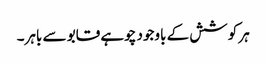
ہر کوشش کے باوجود چوہے قابو سے باہر۔